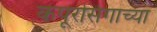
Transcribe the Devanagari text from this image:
कपूरसिंगाच्या